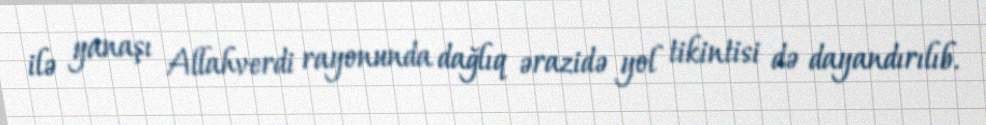
ilə yanaşı Allahverdi rayonunda dağlıq ərazidə yol tikintisi də dayandırılıb.